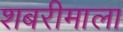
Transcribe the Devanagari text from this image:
शबरीमाला